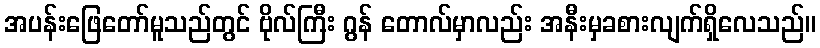
အပန်းဖြေတော်မူသည်တွင် ဗိုလ်ကြီး ဂွန် တောလ်မှာလည်း အနီးမှခစားလျက်ရှိလေသည်။